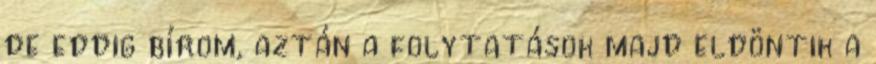
de eddig bírom, aztán a folytatások majd eldöntik a